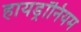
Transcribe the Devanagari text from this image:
हायड्रॉनियम